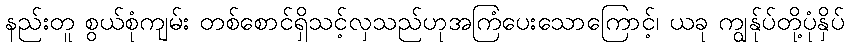
နည်းတူ စွယ်စုံကျမ်း တစ်စောင်ရှိသင့်လှသည်ဟုအကြံပေးသောကြောင့်၊ ယခု ကျွန်ုပ်တို့ပုံနှိပ်